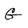
Character: G